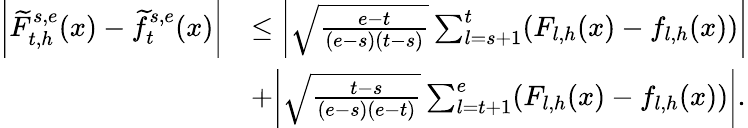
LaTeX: \begin{array}{rl}{\bigg|\widetilde F_{t,h}^{s,e}(x)-\widetilde f_{t}^{s,e}(x)\bigg|}&{\le\bigg|\sqrt{\frac{e-t}{(e-s)(t-s)}}\sum_{l=s+1}^{t}(F_{l,h}(x)-f_{l,h}(x))\bigg|}\\ &{+\bigg|\sqrt{\frac{t-s}{(e-s)(e-t)}}\sum_{l=t+1}^{e}(F_{l,h}(x)-f_{l,h}(x))\bigg|.}\end{array}